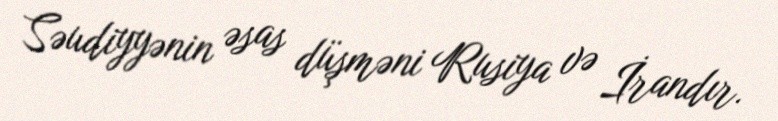
Səudiyyənin əsas düşməni Rusiya və İrandır.